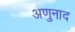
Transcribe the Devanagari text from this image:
अणुनाद